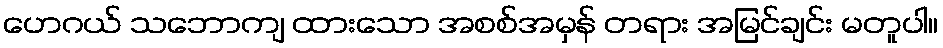
ဟေဂယ် သဘောကျ ထားသော အစစ်အမှန် တရား အမြင်ချင်း မတူပါ။